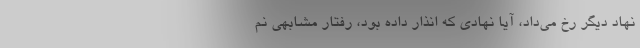
نهاد دیگر رخ می‌داد، آیا نهادی که انذار داده بود، رفتار مشابهی نم